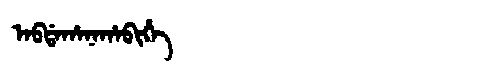
Manchu: ᠠᠪᡩᠠᡥᠠᠨᠠᡥᠠᠪᡳᡥᡝ
Romanization: ABDAHANAHABIHE